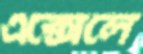
এক্সেলে